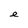
Character: e